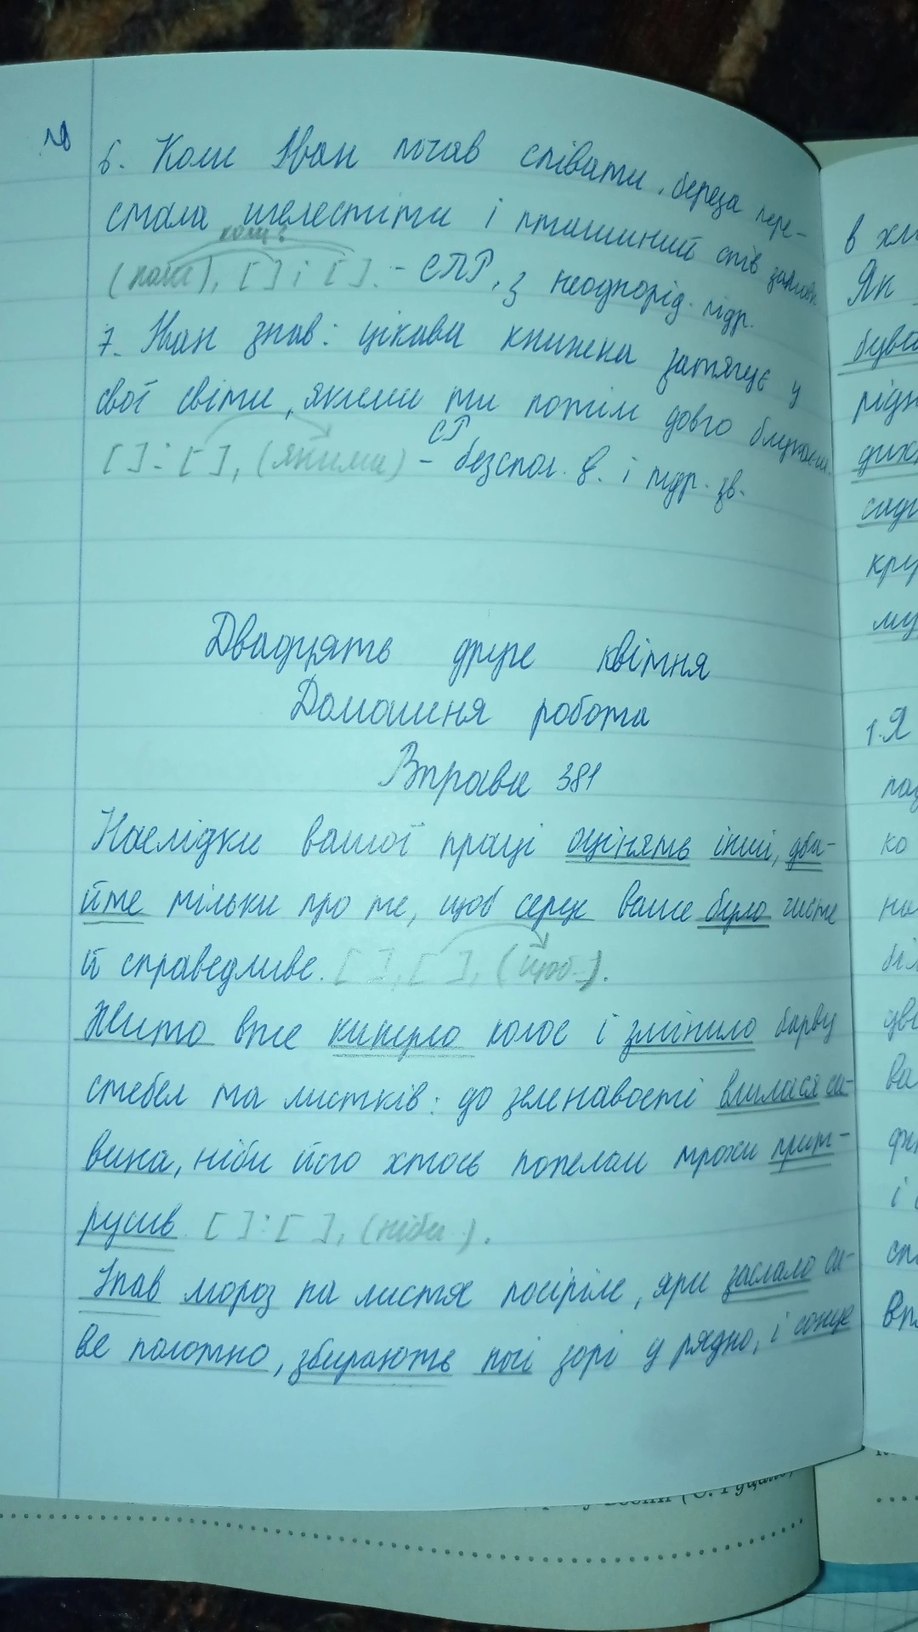
6. Коли Іван почав співати, береза пере-
стала шелестіти і пташиний спів замовк
в хл
коли?
( коли),[ ] : [ ]. - ЕПР з неоднорід.підр.
Як
7. Іван знав: цікава книжка затягує у
бува
свої світи, якими ти потім довго блукаєш.
рідн
[ ] : [ ], (якими) - СР безспол. в. і підр. зв.
дих
садг
кру
му
Двадцять друге квітня
Домашня робота
1. Я
Вправа 381
па
Наслідки вашої праці оцінять інші, дба-
ко
йте тільки про те, щоб серце ваше було чисте
ни
й справедливе. [ ], [ ], (щоб ).
бі
цві
Жито вже кинуло колос і змінило барву
ва
стебел та листків: до зеленавості влилася си-
фі
вина, ніби його хтось попелом трохи прит-
і
трушив. [ ]: [ ], (ніби ).
сп
Упав мороз на листя посиріле, яри заслало си-
вп
ве полотно, збирають ночі зорі у рядно, і сонце